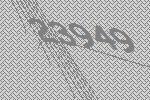
23949